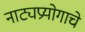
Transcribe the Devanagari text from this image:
नाट्यप्रयोगाचे